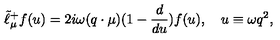
\tilde { \ell } _ { \mu } ^ { + } f ( u ) = 2 i \omega ( q \cdot \mu ) ( 1 - { \frac { d } { d u } } ) f ( u ) , \quad u \equiv \omega q ^ { 2 } ,